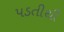
પડતીથી